Report of the Municipal Commissioner on the plague in Bombay for the year ending 31st May... - Volume 1
Disease focus: Plague
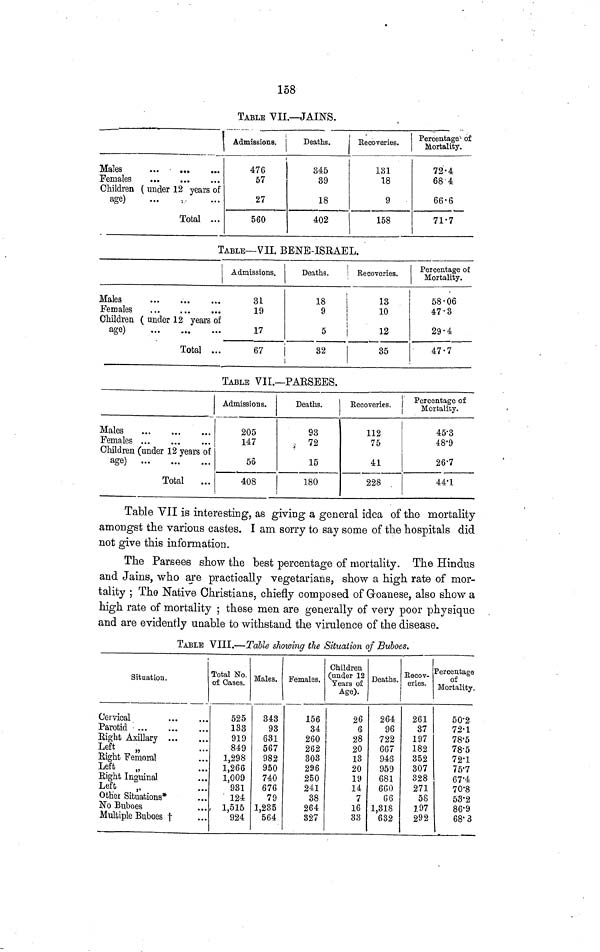
158
TABLE VII.—JAINS.
Males
Females
Children ( under 12 years of
age)
Total
Admissions.
476
57
27
560
Deaths.
845
39
18
402
Recoveries.
131
18
9
158
Percentage of
Mortality.
72·4
68·4
66·6
71·7
TABLE—VII. BENE-ISRAEL.
Males
Females
Children ( under 12 years of
age)
Total
Admissions.
31
19
17
67
Deaths.
!
18
i
9
5
i
32
Recoveries.
13
10
12
35
Percentage of
Mortality.
58·06
47·3
29·4
47·7
TABLE VII.—PARSEES.
Males
Females
Children (under 12 years of
age)
Total
Admissions.
205
147
56
408
Deaths.
93
72
15
180
Recoveries.
112
75
41
228
Percentage of
Mortality.
45·3
48·9
26·7
44·1
Table VII is interesting, as giving a general idea of the mortality
amongst the various castes. I am sorry to say some of the hospitals did
not give this information.
The Parsees show the best percentage of mortality. The Hindus
and Jains, who are practically vegetarians, show a high rate of mor-
tality ; The Native Christians, chiefly composed of Goanese, also show a
high rate of mortality ; these men are generally of very poor physique
and are evidently unable to withstand the virulence of the disease.
TABLE VIII.—Table showing the Situation of Buboes.
Situation.
Cervical
Parotid
Right Axillary
Left
„
Right Femoral
Left
„
Right Inguinal
Left
„
Other Situations*
No Buboes
Multiple Buboes †
Total No.
of Cases.
525
133
919
849
1,298
1,266
1,009
931
124
1,515
924
Males.
343
93
631
567
982
950
740
676
79
1,235
564
Females.
156
34
260
262
303
296
250
241
38
264
327
Children
(under 12
Years of
Age).
26
6
28
20
13
20
19
14
7
16
33
Deaths.
264
96
722
667
946
959
681
660
G6
1,318
632
Recov-
eries.
261
37
197
182
352
307
328
271
58
197
292
Percentage
of
Mortality.
50·2
72·1
78·5
78·5
72·1
75·7
67·4
70·8
53·2
86·9
68·3